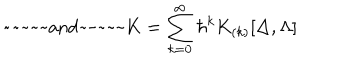
\mathrm { ~ ~ a n d ~ ~ } K = \sum _ { k = 0 } ^ { \infty } \hbar ^ { k } K _ { ( k ) } [ \Delta , \Lambda ]